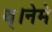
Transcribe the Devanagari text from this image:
थ्।नेमे